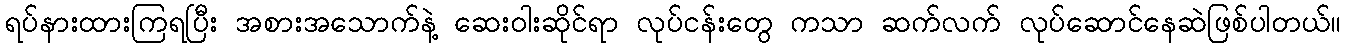
ရပ်နားထားကြရပြီး အစားအသောက်နဲ့ ဆေးဝါးဆိုင်ရာ လုပ်ငန်းတွေ ကသာ ဆက်လက် လုပ်ဆောင်နေဆဲဖြစ်ပါတယ်။